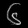
Digit: ၆